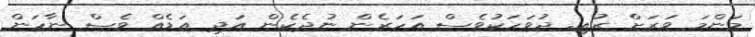
މަންމަ ވަރަށް ރުއި. ދުވަހަކުވެސް އަހަރެން ނުދެކެން އަދި އަޑެއް ވެސް ނާހަން